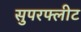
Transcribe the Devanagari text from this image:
सुपरफ्लीट